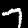
Label: 7